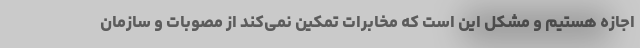
اجازه هستیم و مشکل این است که مخابرات تمکین نمی‌کند از مصوبات و سازمان